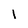
Character: I